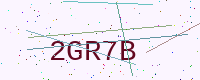
Text: 2GR7B